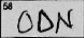
Transcription: ODN